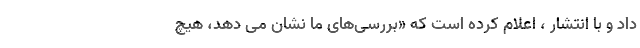
داد و با انتشار ، اعلام کرده است که «بررسی‌های ما نشان می دهد، هیچ